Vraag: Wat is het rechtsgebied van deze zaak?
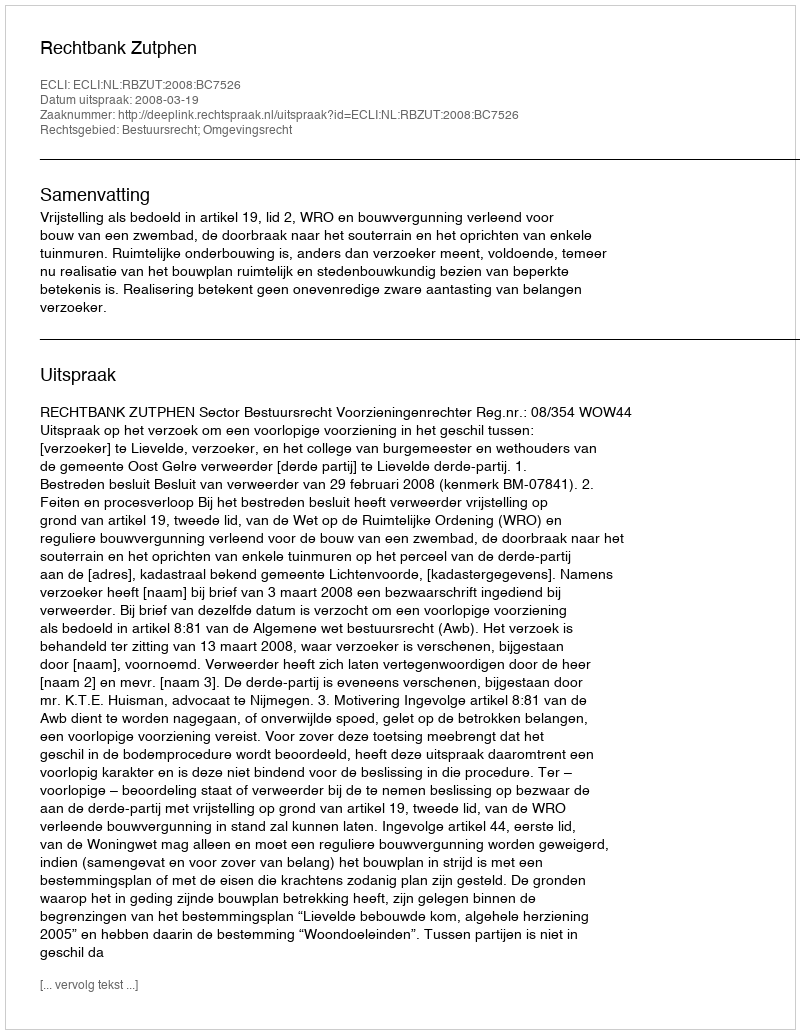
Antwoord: Bestuursrecht; Omgevingsrecht